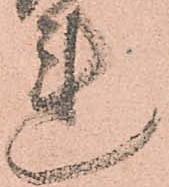
連